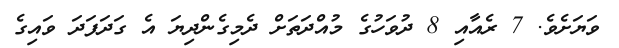
ވަޔަށެވެ. 7 ރެއާއި 8 ދުވަހުގެ މުއްދަތަށް ދެމިގެންދިޔަ އެ ގަދަފަދަ ވައިގެ